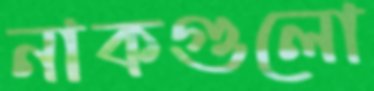
নাকগুলো